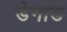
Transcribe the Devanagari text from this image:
डेनाड